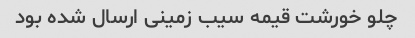
چلو خورشت قیمه سیب زمینی ارسال شده بود